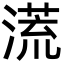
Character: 㵁